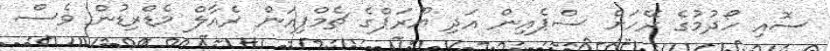
ސޮއި ހޯދުމުގެ ރޭހަށް ސްޕެއިން އަދި ޔޫރަޕްގެ ޗެމްޕިއަން ރެއާލް މެޑްރިޑުން ވެސް